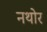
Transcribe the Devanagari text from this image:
नथोर